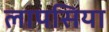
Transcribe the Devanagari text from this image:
लापसिया